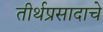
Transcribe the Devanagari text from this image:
तीर्थप्रसादाचे